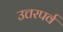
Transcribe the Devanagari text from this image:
उत्तरपर्व